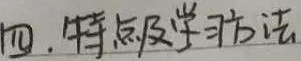
四. 特点及学习方法